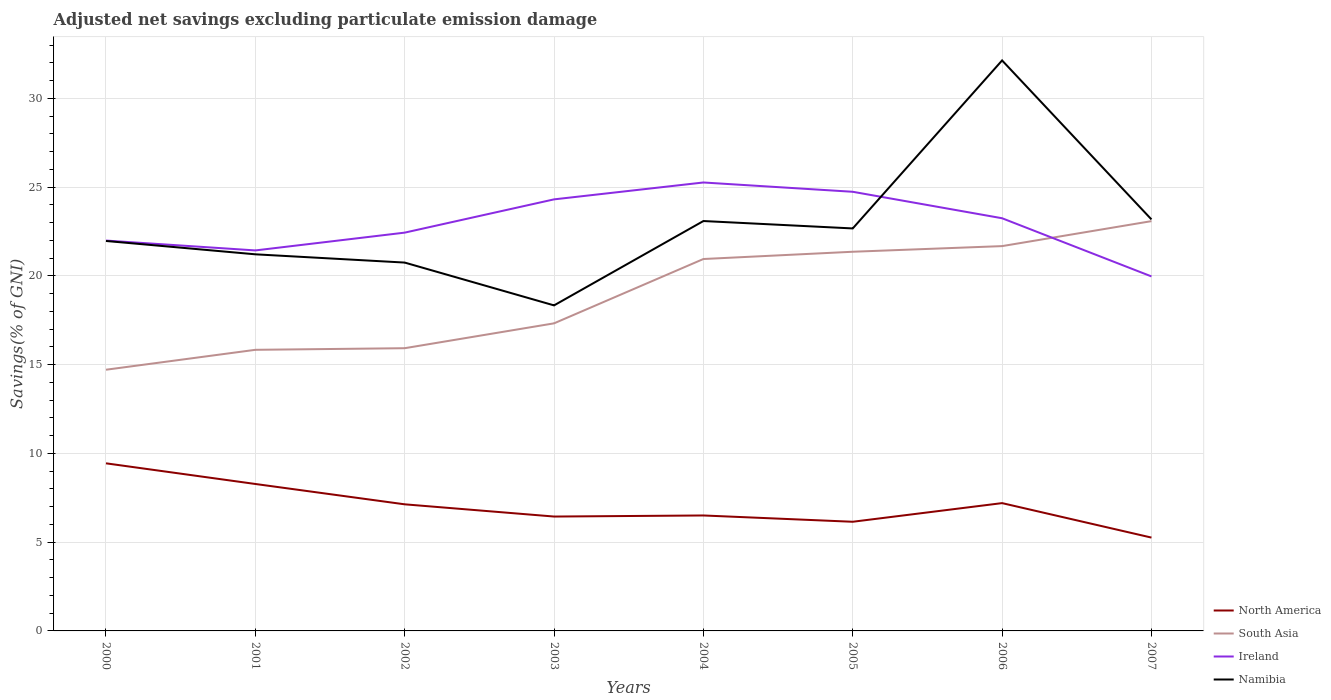
| Years | North America | South Asia | Ireland | Namibia |
 | --- | --- | --- | --- | --- |
 | 2000 | 9.44 | 14.7 | 22 | 22 |
 | 2001 | 8.28 | 15.8 | 21.4 | 21.2 |
 | 2002 | 7.13 | 15.9 | 22.4 | 20.8 |
 | 2003 | 6.44 | 17.3 | 24.3 | 18.3 |
 | 2004 | 6.5 | 21 | 25.3 | 23.1 |
 | 2005 | 6.15 | 21.4 | 24.7 | 22.7 |
 | 2006 | 7.2 | 21.7 | 23.2 | 32.1 |
 | 2007 | 5.26 | 23.1 | 20 | 23.2 |